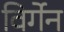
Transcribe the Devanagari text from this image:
विर्गेन